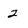
Character: 2